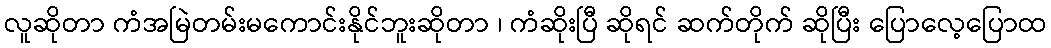
လူဆိုတာ ကံအမြဲတမ်းမကောင်းနိုင်ဘူးဆိုတာ ၊ ကံဆိုးပြီ ဆိုရင် ဆက်တိုက် ဆိုပြီး ပြောလေ့ပြောထ